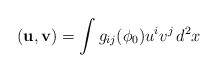
\begin{align*}({\bf u},{\bf v})=\int g_{ij}(\phi_0)u^iv^j\,d^2x\end{align*}